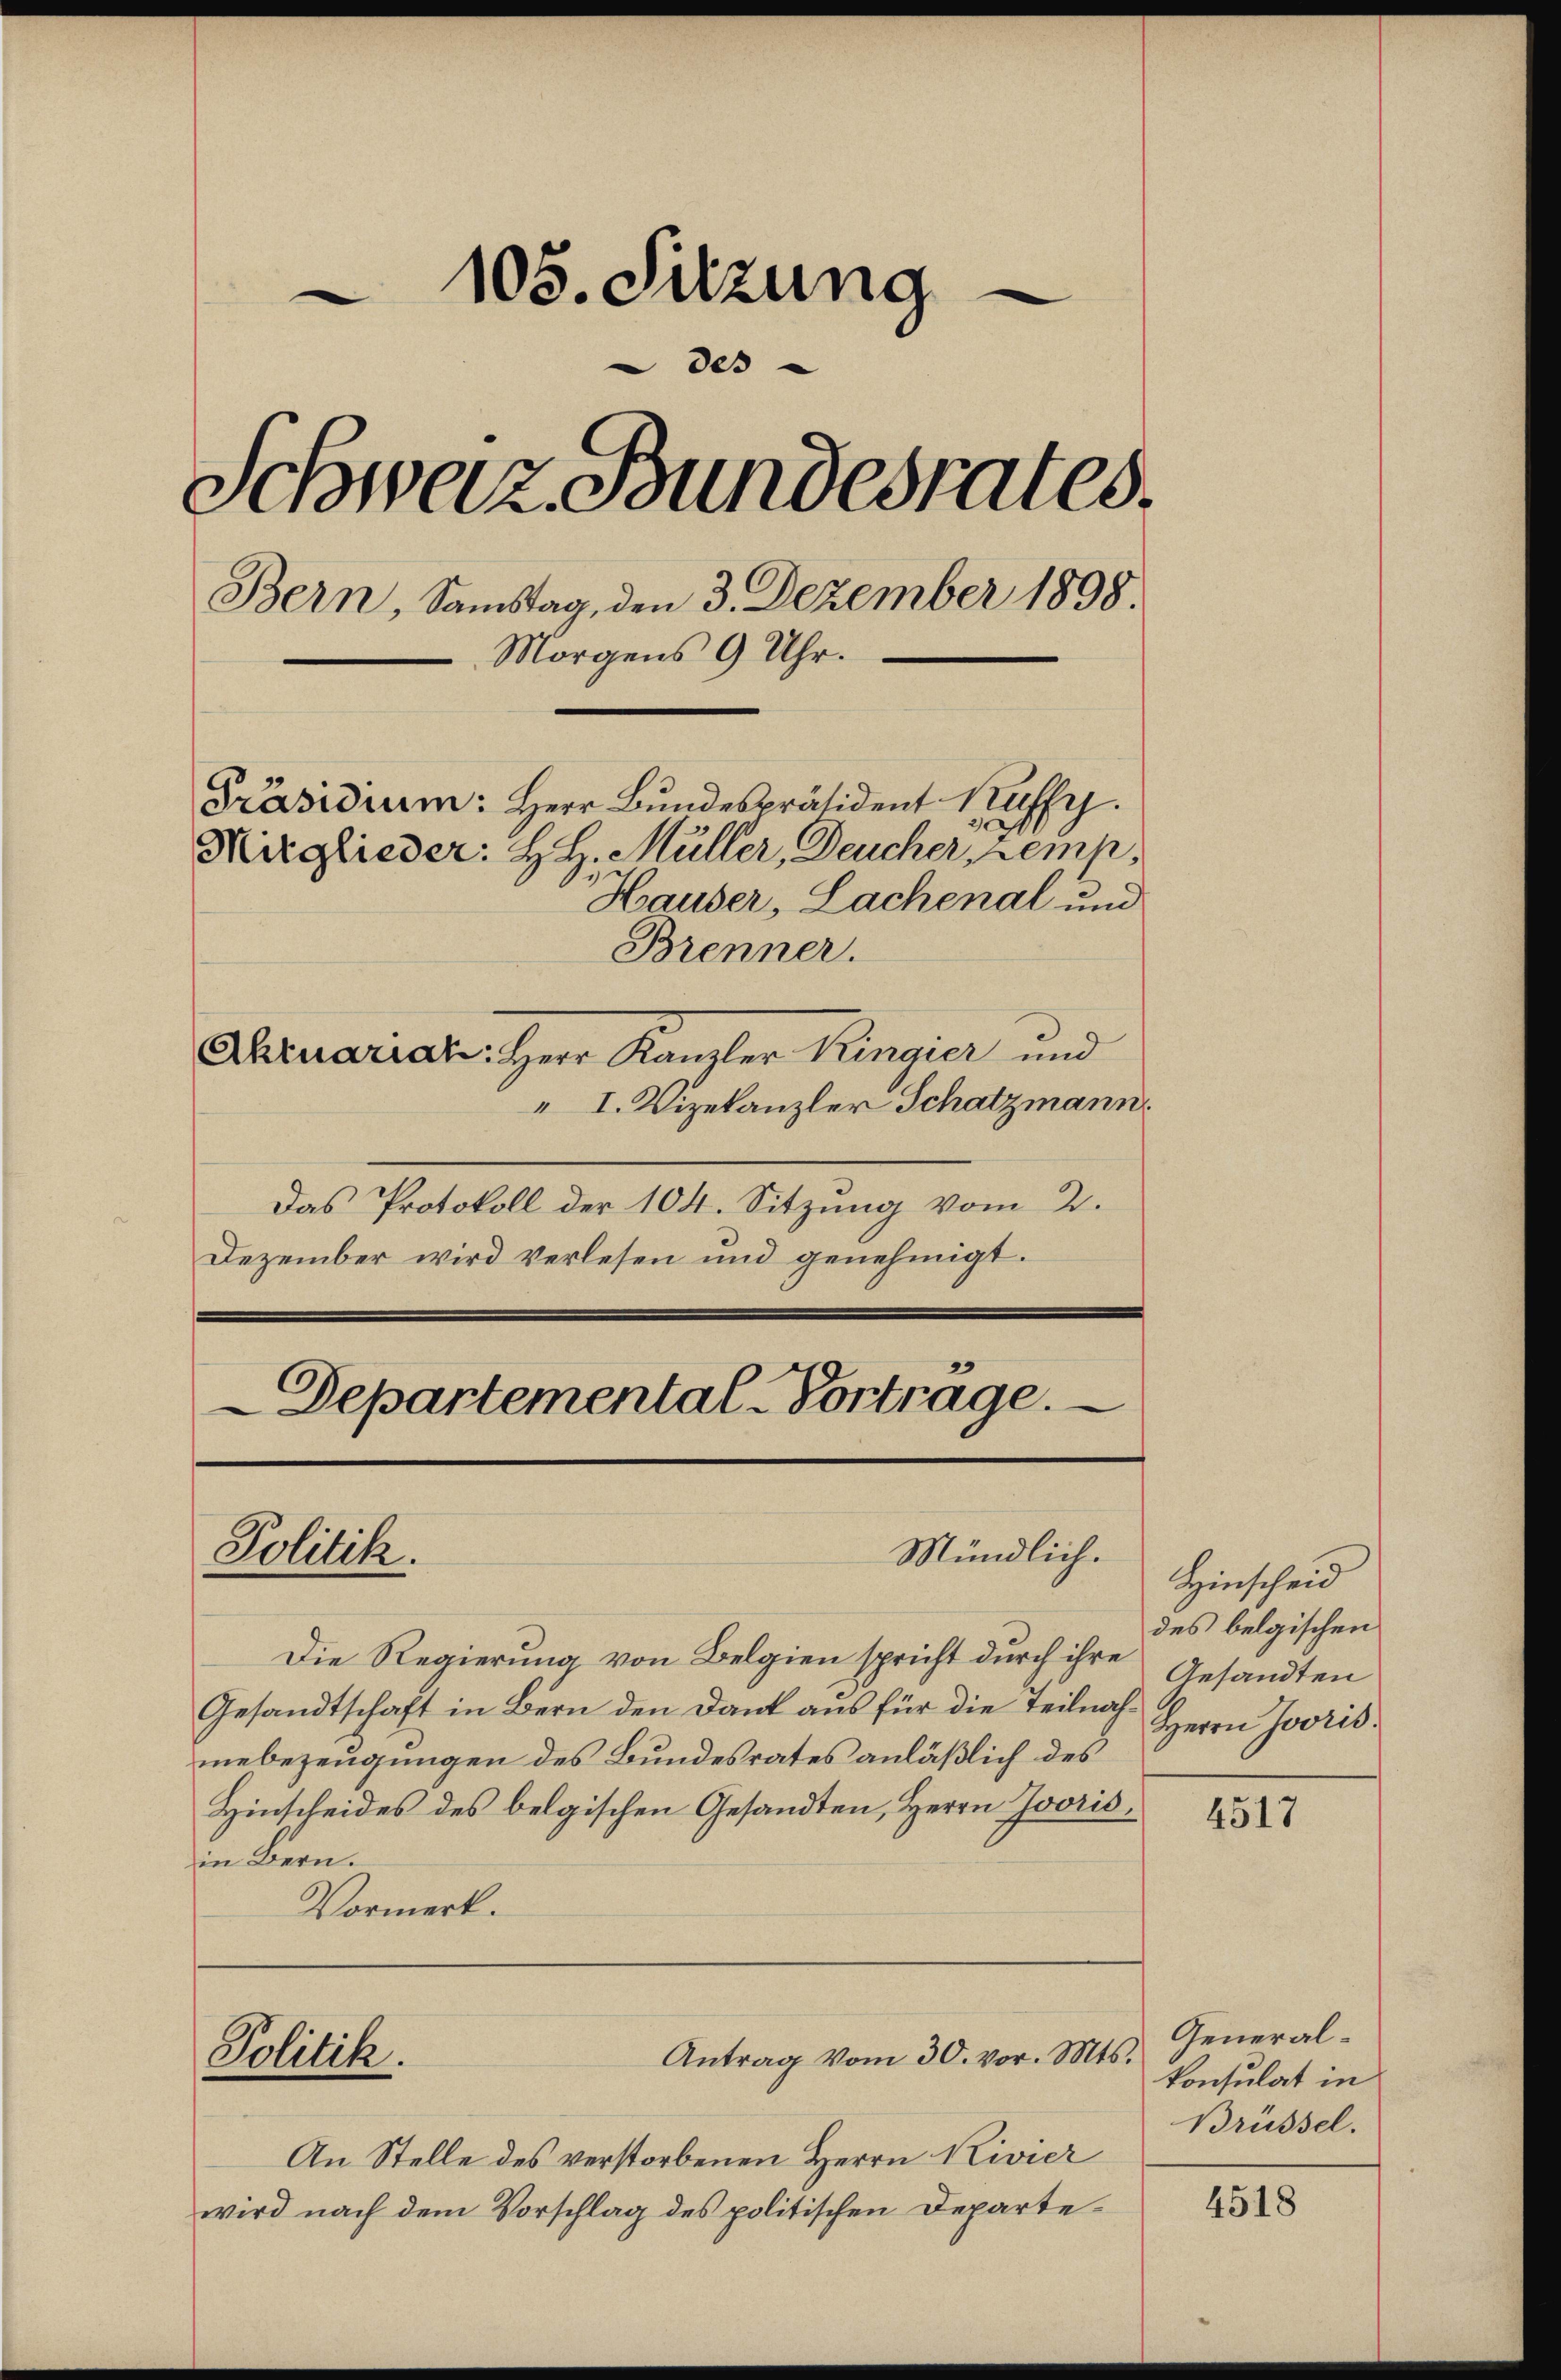
105. Sitzung
des
Schweiz Bundesrates.
Bern, Samstag, den 3. Dezember 1898.
Morgens 9 Uhr.
Präsidium: Herr Bundespräsident Kuffy.
Mitglieder: H. H. Müller, Deucher, Kemp¬
Hauser, Lachenal und
Brenner.
Aruariat: Herr Kanzler Kingier und
I. Vizekanzler Schatzmann

Das Protokoll der 104. Sitzung vom 2.
Dezember wird verlesen und genehmigt.

Departemental-Vortrage.
Politik.
Mündlich.

Die Regierung von Belgien spricht durch ihre
Gesandtschaft in Bern den Dank aus für die Teilnahmebezeugungen des Bundesrates anläßlich des
Hinscheides des belgischen Gesandten, Herrn Joorisin Bern.
Vormerk.

Politik.

An Stelle des verstorbenen Herrn Rivier
wird nach dem Vorschlag des politischen Departe¬

Antrag vom 30. vor. Mts.

Hinscheid
des belgischen
Gesandten
Herrn Jovris.

4517

Generalkonsulat in
Brüssel.

4518